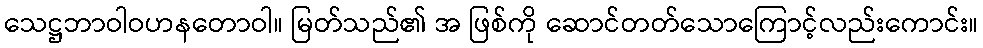
သေဋ္ဌဘာဝါဝဟနတောဝါ။ မြတ်သည်၏ အ ဖြစ်ကို ဆောင်တတ်သောကြောင့်လည်းကောင်း။